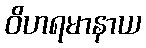
ဝိဟရမာနာယ